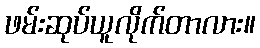
ဖမ်းဆုပ်ယူလိုက်တာလား။